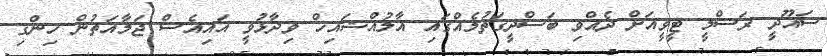
ސައޫދީ ރަސްމީ ޓީވީއަށް ދެއްވި ބަސްދީގަތުމެއްގައި އާލުއްޝައިޚް ވިދާޅުވީ އައިއެސް ޖަމާއަތުން ހިންގި